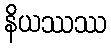
နိယဿဿ